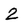
Character: 2